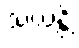
သယန္တိ